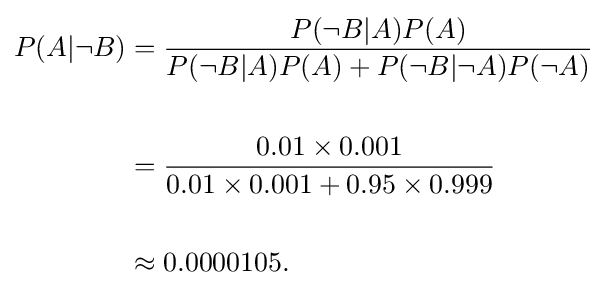
{\begin{aligned}P(A|\neg B)&={\frac {P(\neg B|A)P(A)}{P(\neg B|A)P(A)+P(\neg B|\neg A)P(\neg A)}}\\\\&={\frac {0.01\times 0.001}{0.01\times 0.001+0.95\times 0.999}}\\~\\&\approx 0.0000105.\end{aligned}}